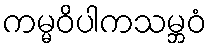
ကမ္မဝိပါကသမ္ဘဝံ